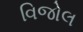
વિજોલ